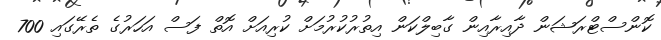
ކޮންސްޓްރަޝަން ދާއިރާއިން ގާބިލްކަން އިތުރުކުރުމަށް ކުރިއަށް އޮތް ފަސް އަހަރުގެ ތެރޭގައި 700